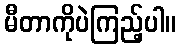
မီတာကိုပဲကြည့်ပါ။